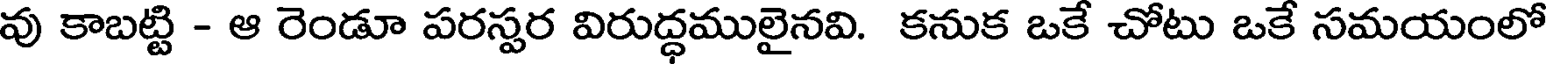
వు కాబట్టి - ఆ రెండూ పరస్పర విరుద్ధములైనవి. కనుక ఒకే చోటు ఒకే సమయంలో